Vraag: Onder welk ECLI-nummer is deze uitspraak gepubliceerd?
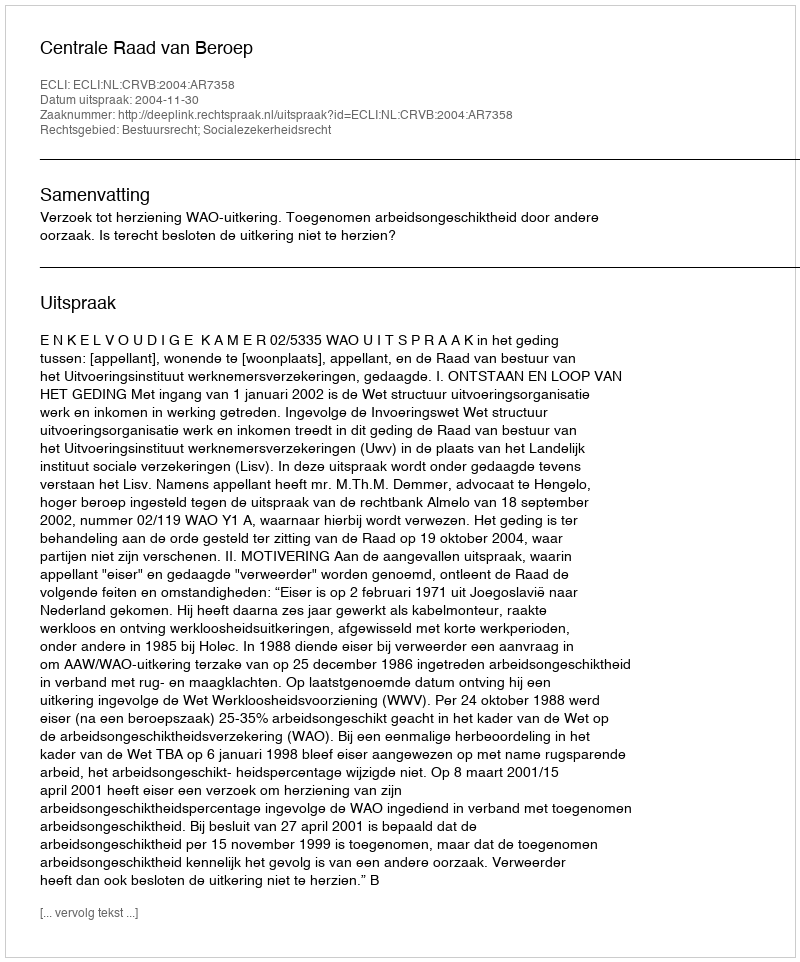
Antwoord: ECLI:NL:CRVB:2004:AR7358